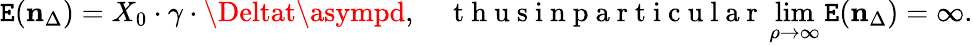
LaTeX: \mathtt{E}(\mathbf{{n}}_{\Delta})=X_{0}\cdot\gamma\cdot\Deltat\asympd,\quad\mathrm{{~t~h~u~s~i~n~p~a~r~t~i~c~u~l~a~r~}}\operatorname*{lim}_{\rho\to\infty}\mathtt{E}(\mathbf{{n}}_{\Delta})=\infty.